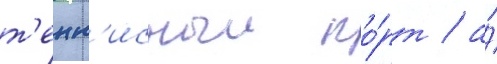
т'енн'исныи ко́рт / а́